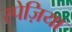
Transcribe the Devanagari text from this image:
स्पेज़िया